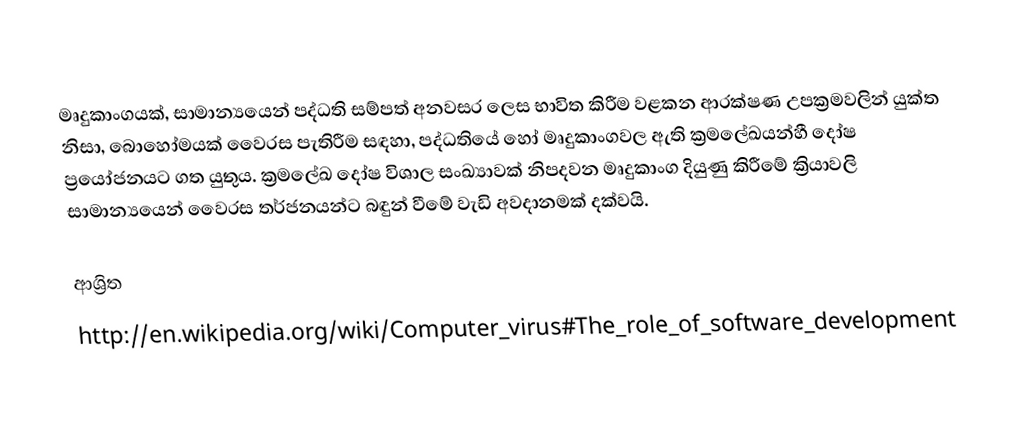
මෘදුකාංගයක්, සාමාන්‍යයෙන් පද්ධති සම්පත් අනවසර ලෙස භාවිත කිරීම වළකන ආරක්ෂණ උපක්‍රමවලින් යුක්ත නිසා, බොහෝමයක් වෛරස පැතිරීම සඳහා, පද්ධතියේ හෝ මෘදුකාංගවල ඇති ක්‍රමලේඛයන්හී දෝෂ ප්‍රයෝජනයට ගත යුතුය. ක්‍රමලේඛ දෝෂ විශාල සංඛ්‍යාවක් නිපදවන මෘදුකාංග දියුණු කිරීමේ ක්‍රියාවලි‍ සාමාන්‍යයෙන්  වෛරස තර්ජනයන්ට බඳුන් වීමේ වැඩි අවදානමක් දක්වයි.

ආශ්‍රිත
http://en.wikipedia.org/wiki/Computer_virus#The_role_of_software_development